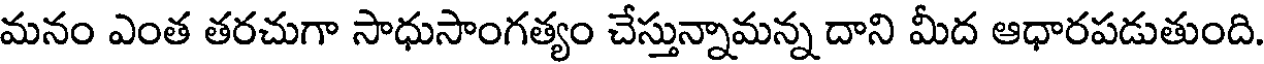
మనం ఎంత తరచుగా సాధుసాంగత్యం చేస్తున్నామన్న దాని మీద ఆధారపడుతుంది